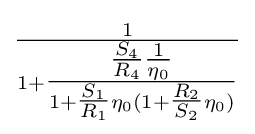
{\tfrac {1}{1+{\tfrac {{\tfrac {S_{4}}{R_{4}}}{\tfrac {1}{\eta _{0}}}}{1+{\tfrac {S_{1}}{R_{1}}}\eta _{0}(1+{\tfrac {R_{2}}{S_{2}}}\eta _{0})}}}}